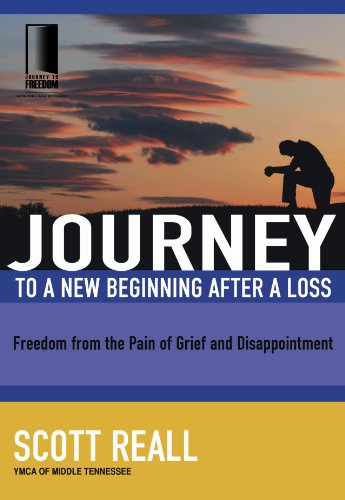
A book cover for Journey to a New Beginning after Loss: Freedom from the Pain of Grief and Disappointment (Journey to Freedom); Scott Reall; Christian Books & Bibles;